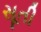
સૂતી